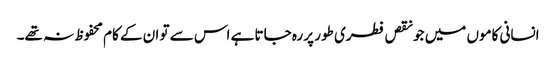
انسانی کاموں میں جو نقص فطری طور پر رہ جاتا ہے اس سے تو ان کے کام محفوظ نہ تھے۔